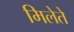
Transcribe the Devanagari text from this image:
मिलेते